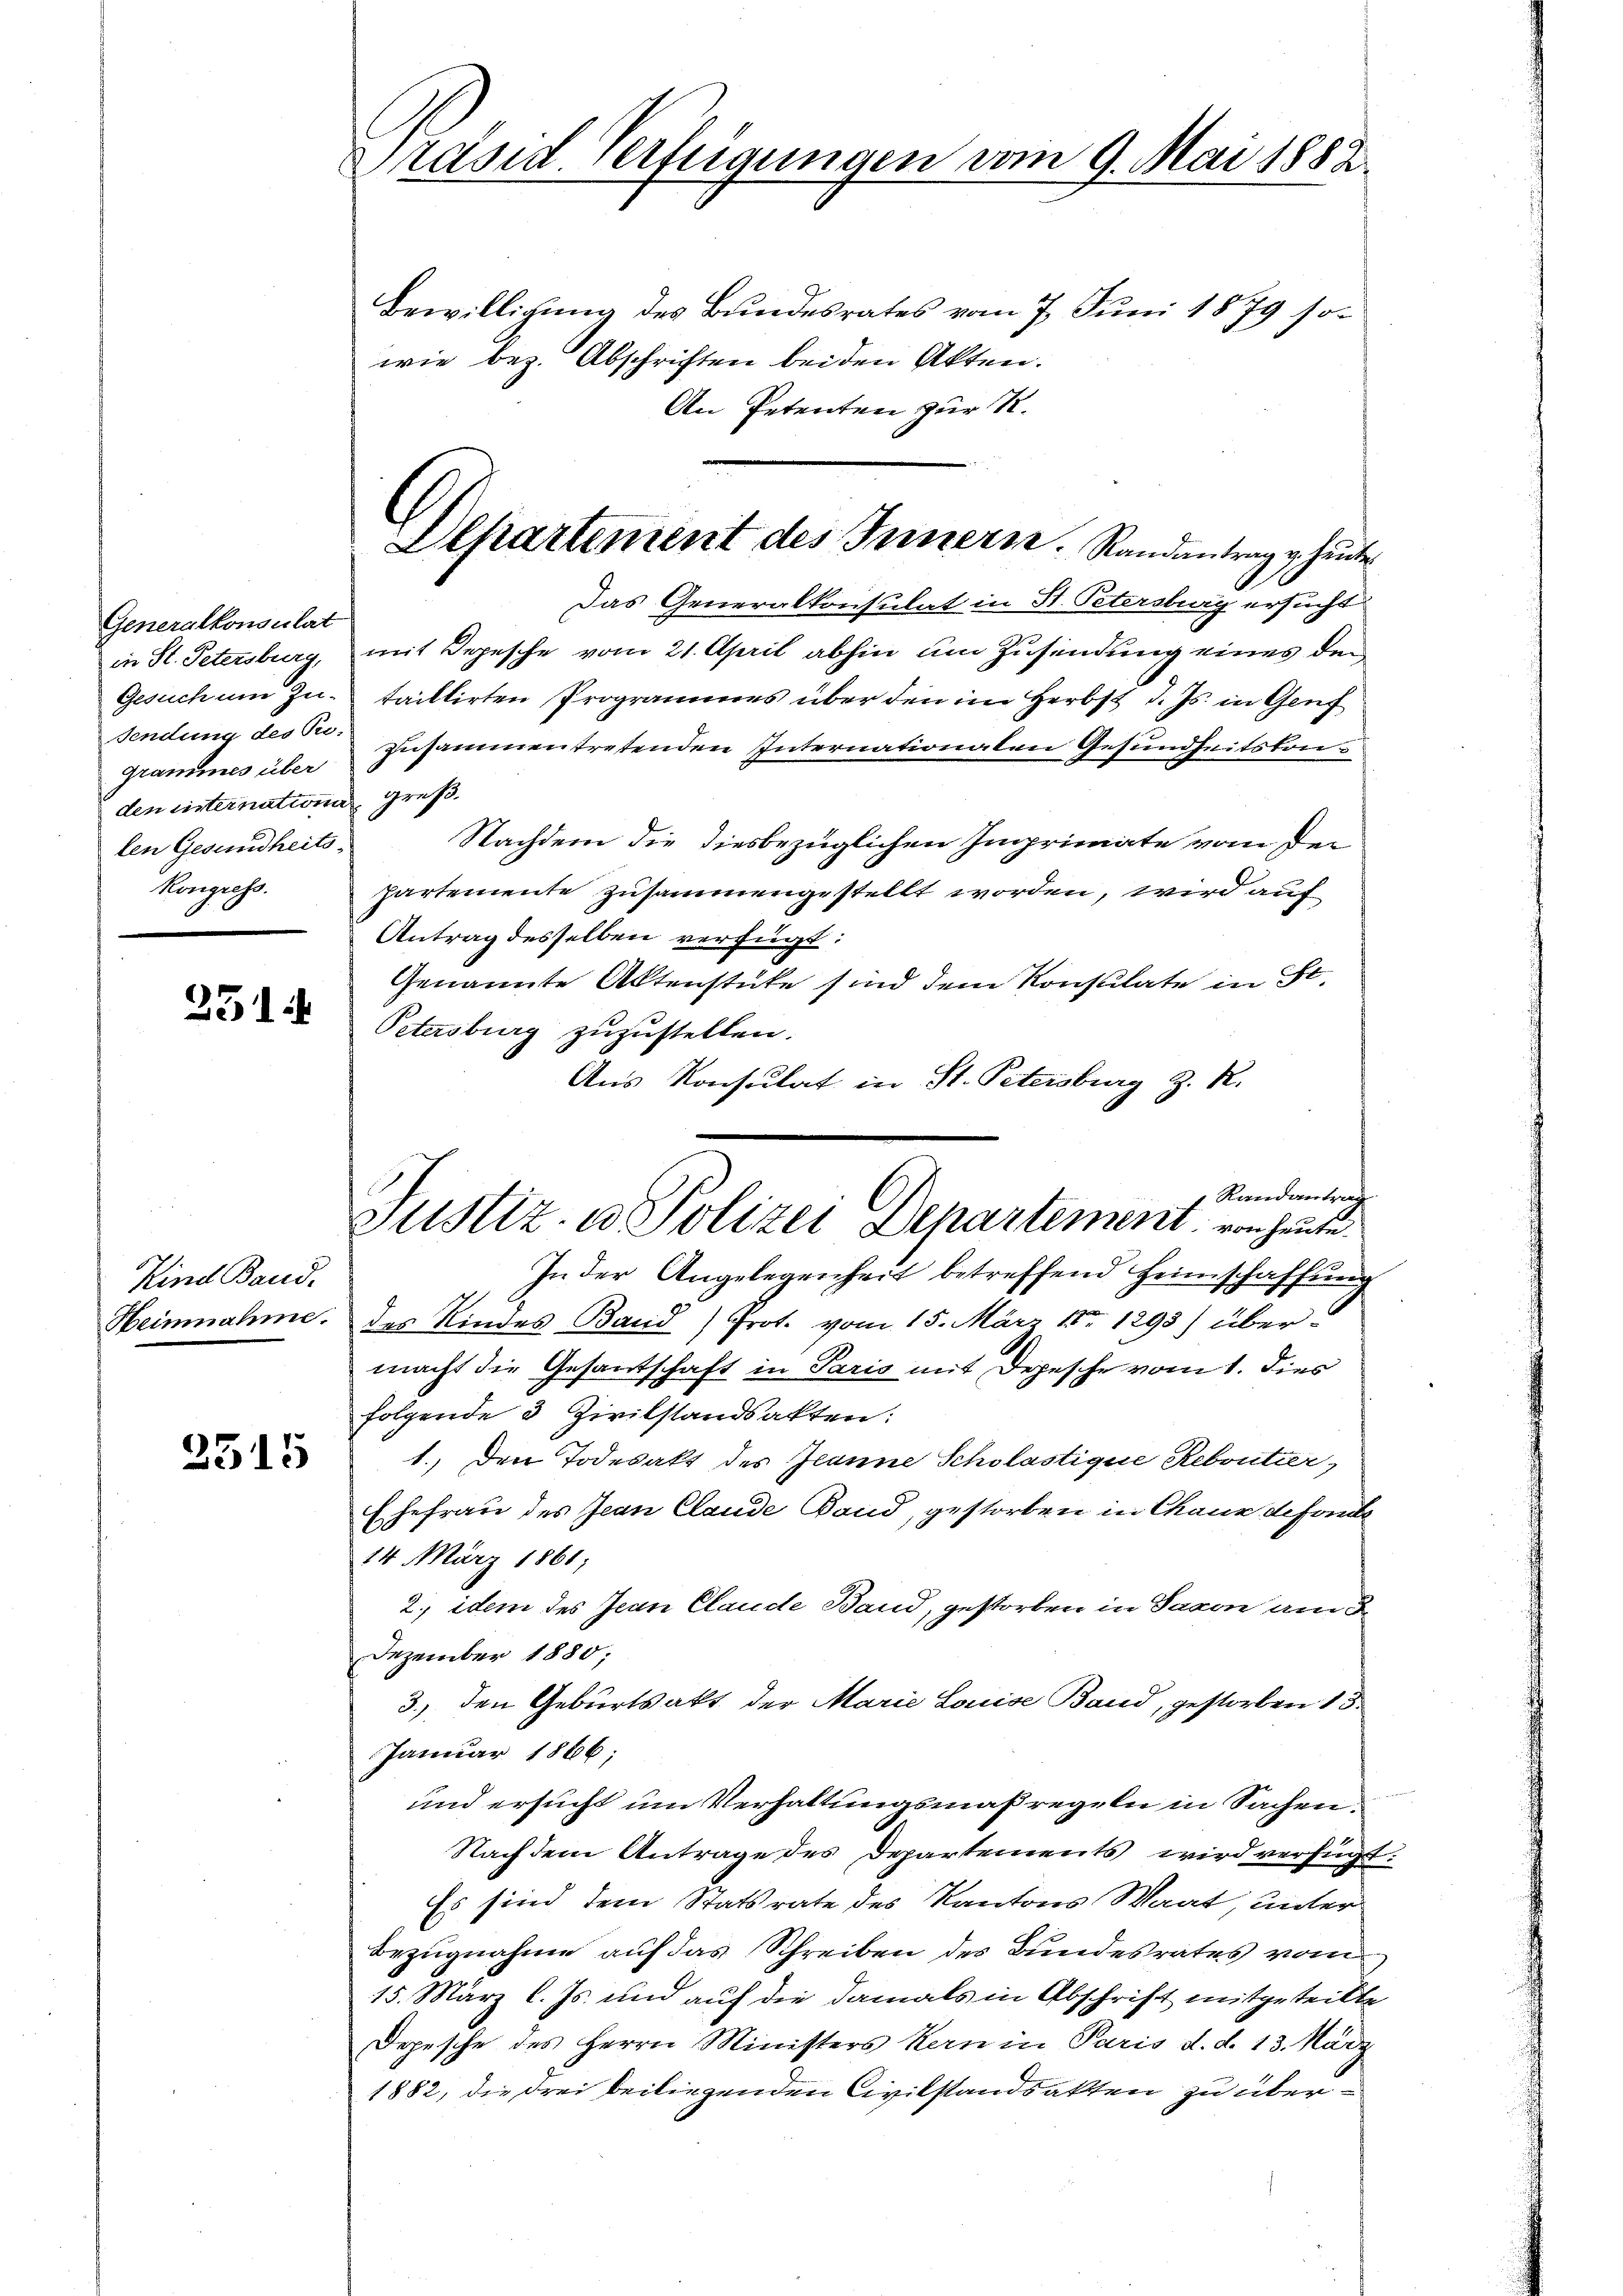
Generalkonsulat
den internation grüß
len Gesundheits¬
Kongress.

Sendung des Tri-

231

Kind Band.

3515

Präsid. Verfügungen vom 9. Mai 1882.
Bewilligung des Bundesrates vom 7. Juni 1879 sowie bez. Abschriften beiden Akten.
An Petenten zur R.

Das Generalkonsulat in St. Petersburg ersucht
in St. Petersburg, mit Depesche vom 21. April abhin um Zusendung eines den
Gesuch um Zu- taiktirten Programmes über den im Herbst d. Js. in Genf
grammes über zusammentretenden Internationalen Gesundheitskon¬
Nachdem die diesbezüglichen Imprimate von den
partemente zusammengestellt worden, wird auf
Antrag desselben verfügt:
Genannte Aktenstüke sind dem Konsulate in St.
Petersburg zuzustellen.
Aus Konsulat in St. Petersburg z. R.
In der Angelegenheit betreffend Heimschaffung
Heinnahme des Kindes Band) Prot. vom 15. März 18. 1293) übermacht die Gesantschaft in Paris mit Depesche vom 1. Dies
folgende 3 Zivilstandsakten:
1.) Den Todesakt des Jeanne Scholastique Reboutier,
Ehefrau des Jean Claude Band, gestorben in Chaux de fande
14 März 1861;
2. idem des Jean Claude Band, gestorben in Saxon an
Dezember 1880,
3.) den Geburtsakt der Marie Louise Band, gestorben 13.
Januar 1866;
und ersucht um Verhaltungsmaßregeln in Sachen.
Nachdem Antrage des Departements wird verfügt
Es sind dem Statsrate des Kantons Waat, unter
Bezugnahme auf das Schreiben des Bundesrates vom
15. März l. Js. und auf die damals in Abschrift mitgeteilte
Depesche des Herrn Ministers Kern in Paris d. d. 13. März
1882, die drei beiliegenden Civilstandsakten zu über¬

Departement des Innern. Randantrag g heute

Randantrag
Justiz- u. Polizei Departement von heute.